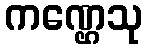
ကဏ္ဌေသု